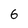
Character: 6